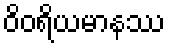
ဝိဝရိယမာနဿ